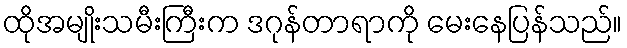
ထိုအမျိုးသမီးကြီးက ဒဂုန်တာရာကို မေးနေပြန်သည်။